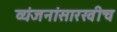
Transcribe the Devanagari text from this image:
व्यंजनांसारखीच